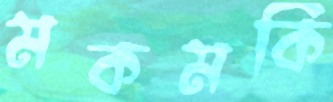
মকমকি